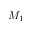
M _ { 1 }